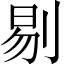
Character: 剔